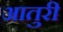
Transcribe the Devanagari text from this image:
आतुरी